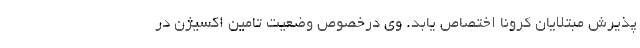
پذیرش مبتلایان کرونا اختصاص یابد. وی درخصوص وضعیت تامین اکسیژن در